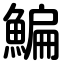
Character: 鯿